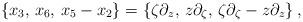
LaTeX: \begin{align*}\{x_3,\,x_6,\,x_5-x_2\}=\left\{\zeta\partial_z,\,z\partial_\zeta,\, \zeta\partial_\zeta-z\partial_z\right\},\end{align*}